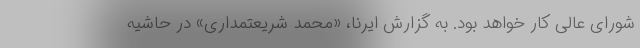
شورای عالی کار خواهد بود. به گزارش ایرنا، «محمد شریعتمداری» در حاشیه